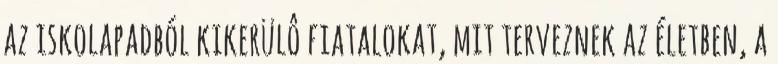
az iskolapadból kikerülô fiatalokat, mit terveznek az életben, a